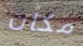
مكان